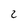
Character: 2